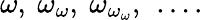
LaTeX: \omega,\ \omega_{\omega},\ \omega_{\omega_{\omega}},\ \ldots.